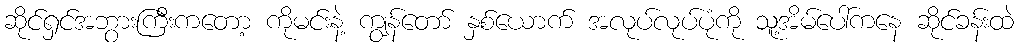
ဆိုင်ရှင်အဘွားကြီးကတော့ ကိုမင်းနဲ့ ကျွန်တော် နှစ်ယောက် အလုပ်လုပ်ပုံကို သူ့အိမ်ပေါ်ကနေ ဆိုင်ခန်းထဲ